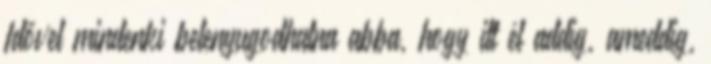
Idővel mindenki belenyugodhatna abba, hogy itt él addig, ameddig,